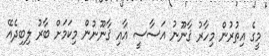
މީގެ އިތުރުން މިހާރު ޤާނޫނު އަސާސީ އާއި ޤާނޫނުން މިކަމަށް ބާރު ލިބިދެއޭ